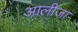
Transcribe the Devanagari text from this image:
आलीजा